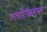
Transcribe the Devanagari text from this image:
फ्लोरीकल्चर